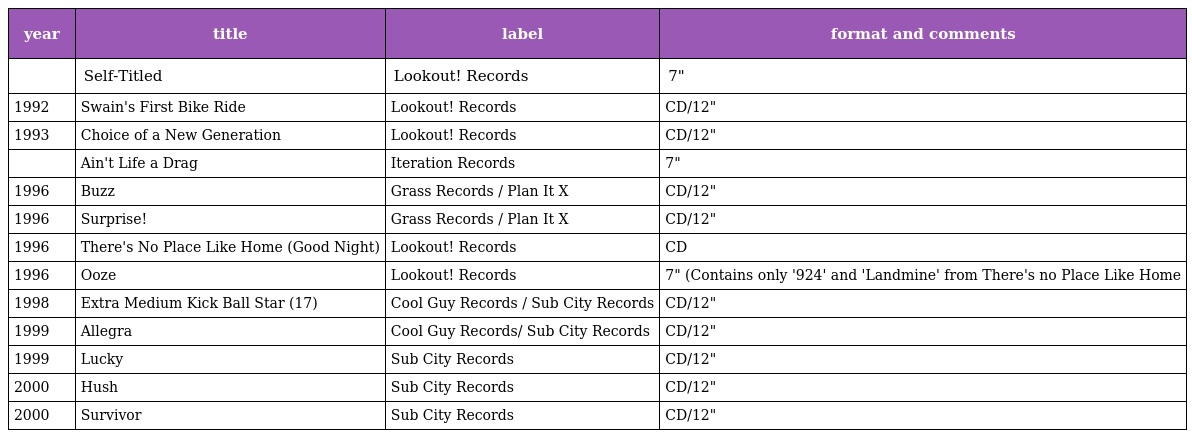
| year | title | label | format and comments |
 | --- | --- | --- | --- |
 |  | Self-Titled | Lookout! Records | 7" |
 | 1992 | Swain's First Bike Ride | Lookout! Records | CD/12" |
 | 1993 | Choice of a New Generation | Lookout! Records | CD/12" |
 |  | Ain't Life a Drag | Iteration Records | 7" |
 | 1996 | Buzz | Grass Records / Plan It X | CD/12" |
 | 1996 | Surprise! | Grass Records / Plan It X | CD/12" |
 | 1996 | There's No Place Like Home (Good Night) | Lookout! Records | CD |
 | 1996 | Ooze | Lookout! Records | 7" (Contains only '924' and 'Landmine' from There's no Place Like Home |
 | 1998 | Extra Medium Kick Ball Star (17) | Cool Guy Records / Sub City Records | CD/12" |
 | 1999 | Allegra | Cool Guy Records/ Sub City Records | CD/12" |
 | 1999 | Lucky | Sub City Records | CD/12" |
 | 2000 | Hush | Sub City Records | CD/12" |
 | 2000 | Survivor | Sub City Records | CD/12" |